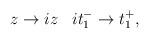
LaTeX: \begin{align*}z\rightarrow iz\;\;\;it_{1}^{-}\rightarrow t_{1}^{+},\end{align*}